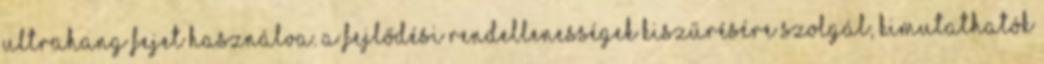
ultrahang fejet használva. A fejlődési rendellenességek kiszűrésére szolgál, kimutathatók